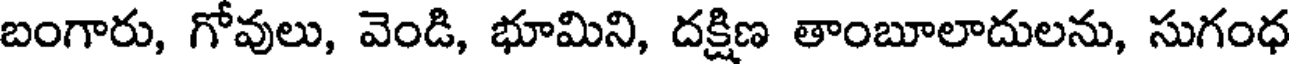
బంగారు, గోవులు, వెండి, భూమిని, దక్షిణ తాంబూలాదులను, సుగంధ